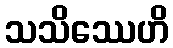
သသိဿေဟိ